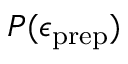
P ( \epsilon _ { \mathrm { p r e p } } )